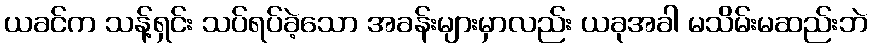
ယခင်က သန့်ရှင်း သပ်ရပ်ခဲ့သော အခန်းများမှာလည်း ယခုအခါ မသိမ်းမဆည်းဘဲ